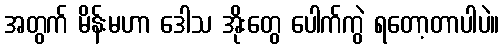
အတွက် မိန်းမဟာ ဒေါသ အိုးတွေ ပေါက်ကွဲ ရတော့တာပါပဲ။